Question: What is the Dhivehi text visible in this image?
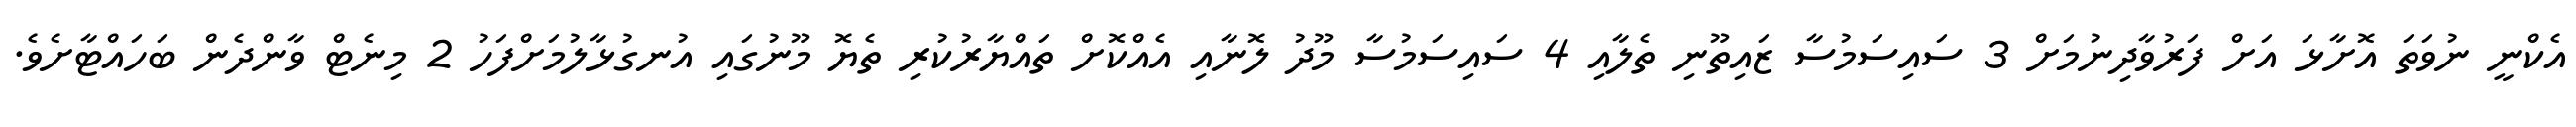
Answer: އެކްނީ ނުވަތަ އޮށާޅަ އަށް ފަރުވާދިނުމަށް 3 ސައިސަމުސާ ޒައިތޫނި ތެލާއި 4 ސައިސަމުސާ މޫދު ލޮނާއި އެއްކޮށް ތައްޔާރުކުރި ތެޔޮ މޫނުގައި އުނގުޅާލުމަށްފަހު 2 މިނެޓް ވާންދެން ބަހައްޓާށެވެ.